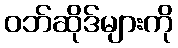
ဝဘ်ဆိုဒ်များကို